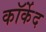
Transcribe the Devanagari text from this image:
कॉर्केद